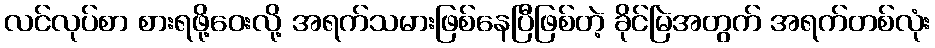
လင်လုပ်စာ စားရဖို့ဝေးလို့ အရက်သမားဖြစ်နေပြီဖြစ်တဲ့ ခိုင်မြဲအတွက် အရက်တစ်လုံး